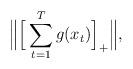
LaTeX: \begin{align*}\Big\|\Big[\sum_{t=1}^Tg(x_{t})\Big]_+\Big\|,\end{align*}